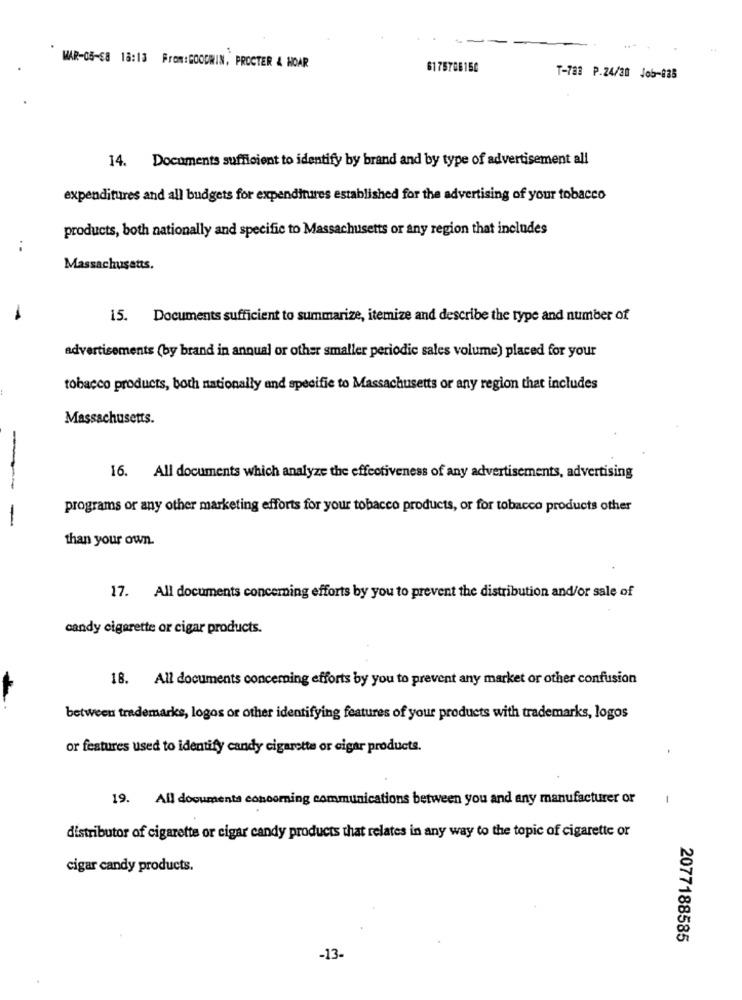
WAR-05-68 18:13 From:GOODWIN, PROCTER & HOAR
6175786150
T-783 P.24/20 Job-835
14. Documents sufficient to identify by brand and by type of advertisement all
expenditures and all budgets for expenditures established for the advertising of your tobacco
products, both nationally and specific to Massachusetts or any region that includes
Massachusetts.
15. Documents sufficient to summarize, itemize and describe the type and number of
advertisements (by brand in anqual or other smaller periodic sales volume) placed for your
tobacco products, both nationally and specific to Massachusetts or any region that includes
Massachusetts.
16. All documents which analyze the effectiveness of any advertisements, advertising
--
programs or any other marketing efforts for your tobacco products, or for tobacco products other
-
than your own.
17. All documents concerning efforts by you to prevent the distribution and/or sale of
candy cigarette or cigar products.
18. All documents concerning efforts by you to prevent any market or other confusion
between trademarks, logos or other identifying features of your products with trademarks, logos
or features used to identify candy cigarette or cigar products.
19. All documents concoming communications between you and any manufacturer or
1
distributor of cigarette or cigar candy products that relates in any way to the topic of cigarette or
cigar candy products.
2077188585
-13